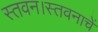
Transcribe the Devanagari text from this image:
स्तवन।स्तवनाचें